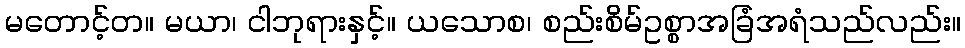
မတောင့်တ။ မယာ၊ ငါဘုရားနှင့်။ ယသောစ၊ စည်းစိမ်ဥစ္စာအခြံအရံသည်လည်း။